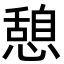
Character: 憩